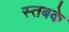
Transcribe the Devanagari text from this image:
स्तबके